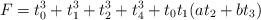
LaTeX: \begin{align*}F = t_0^3 + t_1^3 + t_2^3 + t_4^3 + t_0t_1(a t_2 + b t_3)\end{align*}